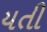
યતી